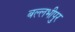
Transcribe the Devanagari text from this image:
बल्लभीपुर